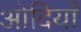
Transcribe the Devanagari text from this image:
ओदियाँ